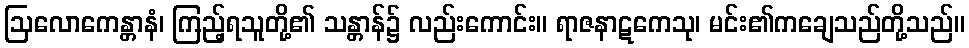
ဩလောကေန္တာနံ၊ ကြည့်ရသူတို့၏ သန္တာန်၌ လည်းကောင်း။ ရာဇနာဋကေသု၊ မင်း၏ကချေသည်တို့သည်။